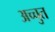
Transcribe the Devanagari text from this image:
अच्चुत